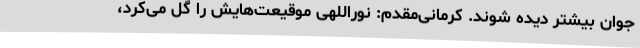
جوان بیشتر دیده شوند. کرمانی‌مقدم: نوراللهی موقیعت‌هایش را گل می‌کرد،